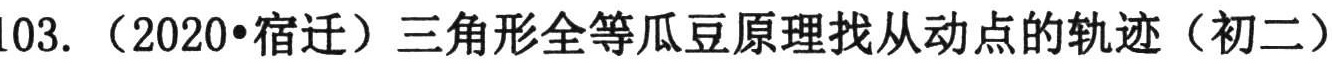
103. （2020•宿迁）三角形全等瓜豆原理找从动点的轨迹（初二）